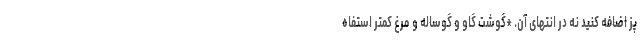
پز اضافه کنید نه در انتهای آن. *گوشت گاو و گوساله و مرغ کمتر استفاه